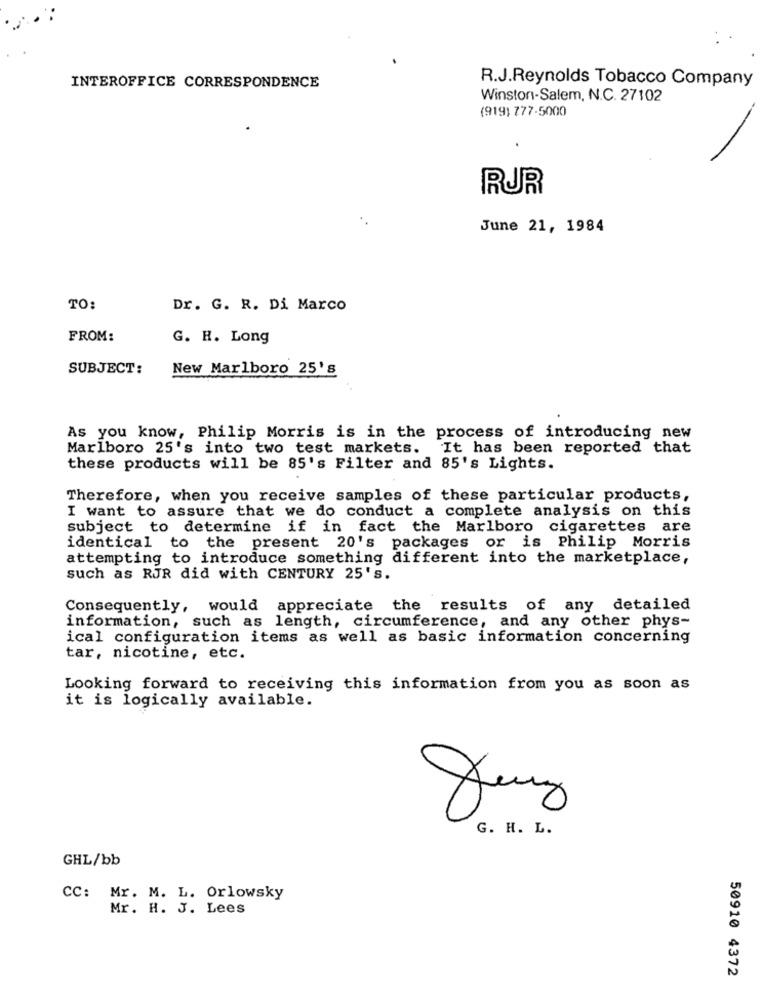
INTEROFFICE CORRESPONDENCE
R.J.Reynolds Tobacco Company
Winston-Salem, N.C. 27102
(919) 777-5000
RUR
June 21, 1984
TO:
Dr. G. R. Di Marco
FROM:
G. H. Long
SUBJECT:
New Marlboro 25's
As you know, Philip Morris is in the process of introducing new
Marlboro 25's into two test markets. It has been reported that
these products will be 85's Filter and 85's Lights.
Therefore, when you receive samples of these particular products,
I want to assure that we do conduct a complete analysis on this
subject to determine if in fact the Marlboro cigarettes are
identical to the present 20's packages or is Philip Morris
attempting to introduce something different into the marketplace,
such as RJR did with CENTURY 25's.
Consequently, would appreciate the results of any detailed
information, such as length, circumference, and any other phys-
ical configuration items as well as basic information concerning
tar, nicotine, etc.
Looking forward to receiving this information from you as soon as
it is logically available.
G. H. L.
GHL/bb
CC: Mr. M. L. Orlowsky
Mr. H. J. Lees
50910 4372